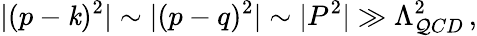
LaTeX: |(p-\mathit{k})^{2}|\sim|(p-q)^{2}|\sim|P^{2}|\gg\Lambda_{\mathcal{Q}CD}^{2}\, ,